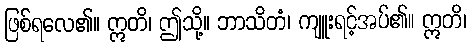
ဖြစ်ရလေ၏။ ဣတိ၊ ဤသို့။ ဘာသိတံ၊ ကျူးရင့်အပ်၏။ ဣတိ၊